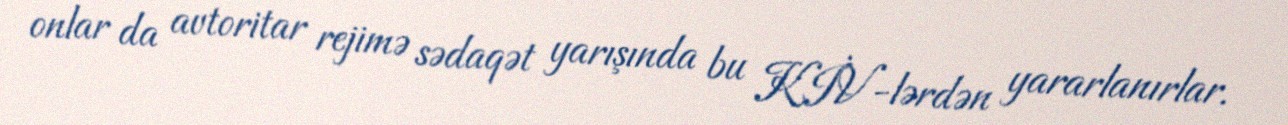
onlar da avtoritar rejimə sədaqət yarışında bu KİV-lərdən yararlanırlar.